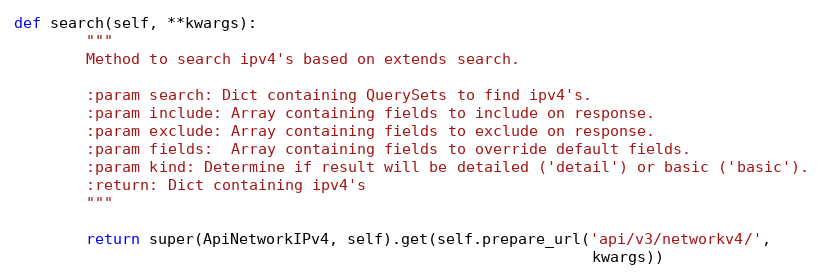
Language: Python
def search(self, **kwargs):
        """
        Method to search ipv4's based on extends search.

        :param search: Dict containing QuerySets to find ipv4's.
        :param include: Array containing fields to include on response.
        :param exclude: Array containing fields to exclude on response.
        :param fields:  Array containing fields to override default fields.
        :param kind: Determine if result will be detailed ('detail') or basic ('basic').
        :return: Dict containing ipv4's
        """

        return super(ApiNetworkIPv4, self).get(self.prepare_url('api/v3/networkv4/',
                                                                kwargs))